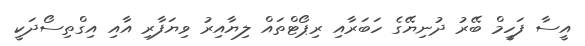
އީސާ ފަހީމް ބޭރު ދުނިޔޭގެ ހަބަރާއި ރިޕޯޓްތައް ލިޔާއިރު ވިޔަފާރި އާއި އިގްތިސޯދަކީ